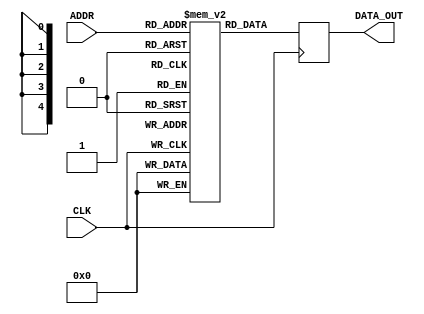
module DROM_Nx32
#(
	parameter WIDTH = 4,
	parameter REGOUT = 1, // 0 = Unregistered, 1 = Registered
	parameter INIT_00 = {WIDTH{1'b0}},
	parameter INIT_01 = {WIDTH{1'b0}},
	parameter INIT_02 = {WIDTH{1'b0}},
	parameter INIT_03 = {WIDTH{1'b0}},
	parameter INIT_04 = {WIDTH{1'b0}},
	parameter INIT_05 = {WIDTH{1'b0}},
	parameter INIT_06 = {WIDTH{1'b0}},
	parameter INIT_07 = {WIDTH{1'b0}},
	parameter INIT_08 = {WIDTH{1'b0}},
	parameter INIT_09 = {WIDTH{1'b0}},
	parameter INIT_0A = {WIDTH{1'b0}},
	parameter INIT_0B = {WIDTH{1'b0}},
	parameter INIT_0C = {WIDTH{1'b0}},
	parameter INIT_0D = {WIDTH{1'b0}},
	parameter INIT_0E = {WIDTH{1'b0}},
	parameter INIT_0F = {WIDTH{1'b0}},
	parameter INIT_10 = {WIDTH{1'b0}},
	parameter INIT_11 = {WIDTH{1'b0}},
	parameter INIT_12 = {WIDTH{1'b0}},
	parameter INIT_13 = {WIDTH{1'b0}},
	parameter INIT_14 = {WIDTH{1'b0}},
	parameter INIT_15 = {WIDTH{1'b0}},
	parameter INIT_16 = {WIDTH{1'b0}},
	parameter INIT_17 = {WIDTH{1'b0}},
	parameter INIT_18 = {WIDTH{1'b0}},
	parameter INIT_19 = {WIDTH{1'b0}},
	parameter INIT_1A = {WIDTH{1'b0}},
	parameter INIT_1B = {WIDTH{1'b0}},
	parameter INIT_1C = {WIDTH{1'b0}},
	parameter INIT_1D = {WIDTH{1'b0}},
	parameter INIT_1E = {WIDTH{1'b0}},
	parameter INIT_1F = {WIDTH{1'b0}}
)
(	
	// Read Port Signals
	input            [4:0] ADDR,
	output reg [WIDTH-1:0] DATA_OUT,
	input                  CLK
);

	reg [WIDTH-1:0] rom [31:0];

	// Set the ROM Contents
	initial
	begin
		rom[ 0] = INIT_00;
		rom[ 1] = INIT_01;
		rom[ 2] = INIT_02;
		rom[ 3] = INIT_03;
		rom[ 4] = INIT_04;
		rom[ 5] = INIT_05;
		rom[ 6] = INIT_06;
		rom[ 7] = INIT_07;
		rom[ 8] = INIT_08;
		rom[ 9] = INIT_09;
		rom[10] = INIT_0A;
		rom[11] = INIT_0B;
		rom[12] = INIT_0C;
		rom[13] = INIT_0D;
		rom[14] = INIT_0E;
		rom[15] = INIT_0F;
		rom[16] = INIT_10;
		rom[17] = INIT_11;
		rom[18] = INIT_12;
		rom[19] = INIT_13;
		rom[20] = INIT_14;
		rom[21] = INIT_15;
		rom[22] = INIT_16;
		rom[23] = INIT_17;
		rom[24] = INIT_18;
		rom[25] = INIT_19;
		rom[26] = INIT_1A;
		rom[27] = INIT_1B;
		rom[28] = INIT_1C;
		rom[29] = INIT_1D;
		rom[30] = INIT_1E;
		rom[31] = INIT_1F;
	end

	// Generate block to choose registered or unregistered output
	generate
	begin
		if (REGOUT)
		begin : Registered_Output
			always @(posedge CLK)
			begin
				DATA_OUT <= rom[ADDR];
			end
		end
		else
		begin : Unregistered_Output
			always @*
			begin
				DATA_OUT <= rom[ADDR];
			end
		end
	end
	endgenerate

	// Unused write port (specified to eliminate warnings)
	wire       we;
	wire [4:0] waddr;

	assign we = 1'b0;
	assign waddr = 5'h00;

	always @(posedge CLK)
	begin
		if (we)
			rom[waddr] <= {WIDTH{1'b0}};
	end

endmodule